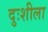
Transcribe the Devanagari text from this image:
दुःशीला